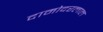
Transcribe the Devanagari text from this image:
दामोदरलाल